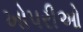
ખોપરીઓ